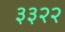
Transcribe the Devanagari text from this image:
३३२२